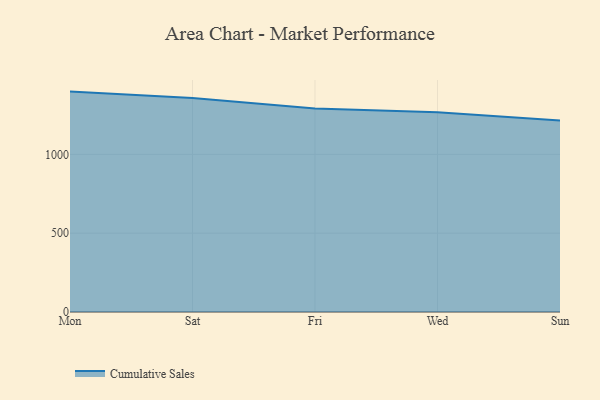
{"axis": {"x": "Day", "y": "Conversion Rate (%)"}, "legend": ["Cumulative Sales"], "data": [{"x": "Mon", "y": 1398.4, "type": "Cumulative Sales"}, {"x": "Sat", "y": 1358.2, "type": "Cumulative Sales"}, {"x": "Fri", "y": 1291.8, "type": "Cumulative Sales"}, {"x": "Wed", "y": 1267.5, "type": "Cumulative Sales"}, {"x": "Sun", "y": 1215.6, "type": "Cumulative Sales"}]}